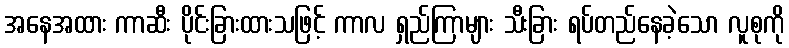
အနေအထား ကာဆီး ပိုင်းခြားထားသဖြင့် ကာလ ရှည်ကြာများ သီးခြား ရပ်တည်နေခဲ့သော လူစုကို